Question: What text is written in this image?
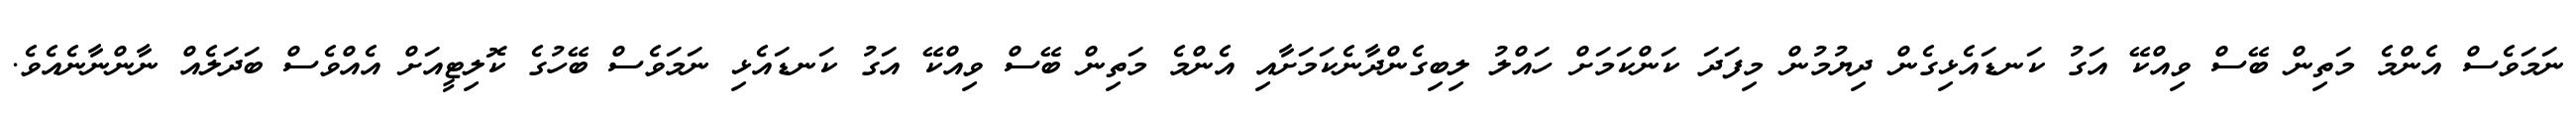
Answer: ނަމަވެސް އެންމެ މަތިން ބޭސް ވިއްކޭ އަގު ކަނޑައެޅިގެން ދިޔުމުން މިފަދަ ކަންކަމަށް ހައްލު ލިބިގެންދާނެކަމަށާއި އެންމެ މަތިން ބޭސް ވިއްކޭ އަގު ކަނޑައެޅި ނަމަވެސް ބޭހުގެ ކޮލިޓީއަށް އެއްވެސް ބަދަލެއް ނާންނާނެއެވެ.